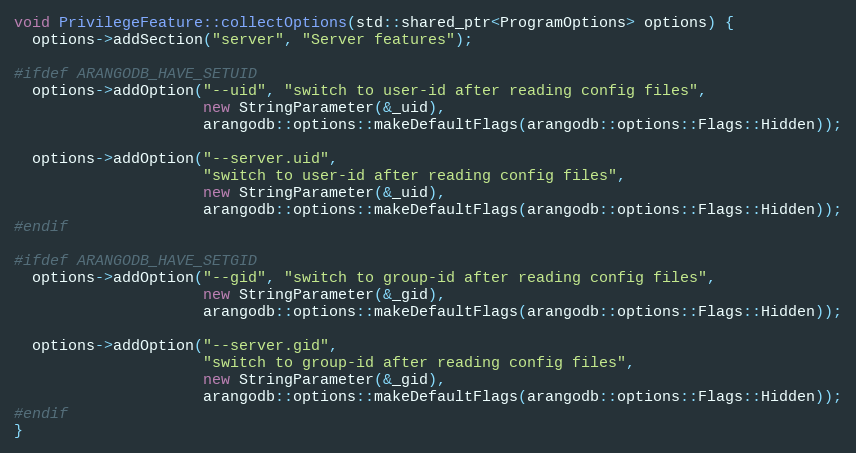
Language: C++
void PrivilegeFeature::collectOptions(std::shared_ptr<ProgramOptions> options) {
  options->addSection("server", "Server features");

#ifdef ARANGODB_HAVE_SETUID
  options->addOption("--uid", "switch to user-id after reading config files",
                     new StringParameter(&_uid),
                     arangodb::options::makeDefaultFlags(arangodb::options::Flags::Hidden));

  options->addOption("--server.uid",
                     "switch to user-id after reading config files",
                     new StringParameter(&_uid),
                     arangodb::options::makeDefaultFlags(arangodb::options::Flags::Hidden));
#endif

#ifdef ARANGODB_HAVE_SETGID
  options->addOption("--gid", "switch to group-id after reading config files",
                     new StringParameter(&_gid),
                     arangodb::options::makeDefaultFlags(arangodb::options::Flags::Hidden));

  options->addOption("--server.gid",
                     "switch to group-id after reading config files",
                     new StringParameter(&_gid),
                     arangodb::options::makeDefaultFlags(arangodb::options::Flags::Hidden));
#endif
}